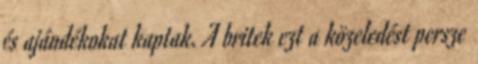
és ajándékokat kaptak. A britek ezt a közeledést persze